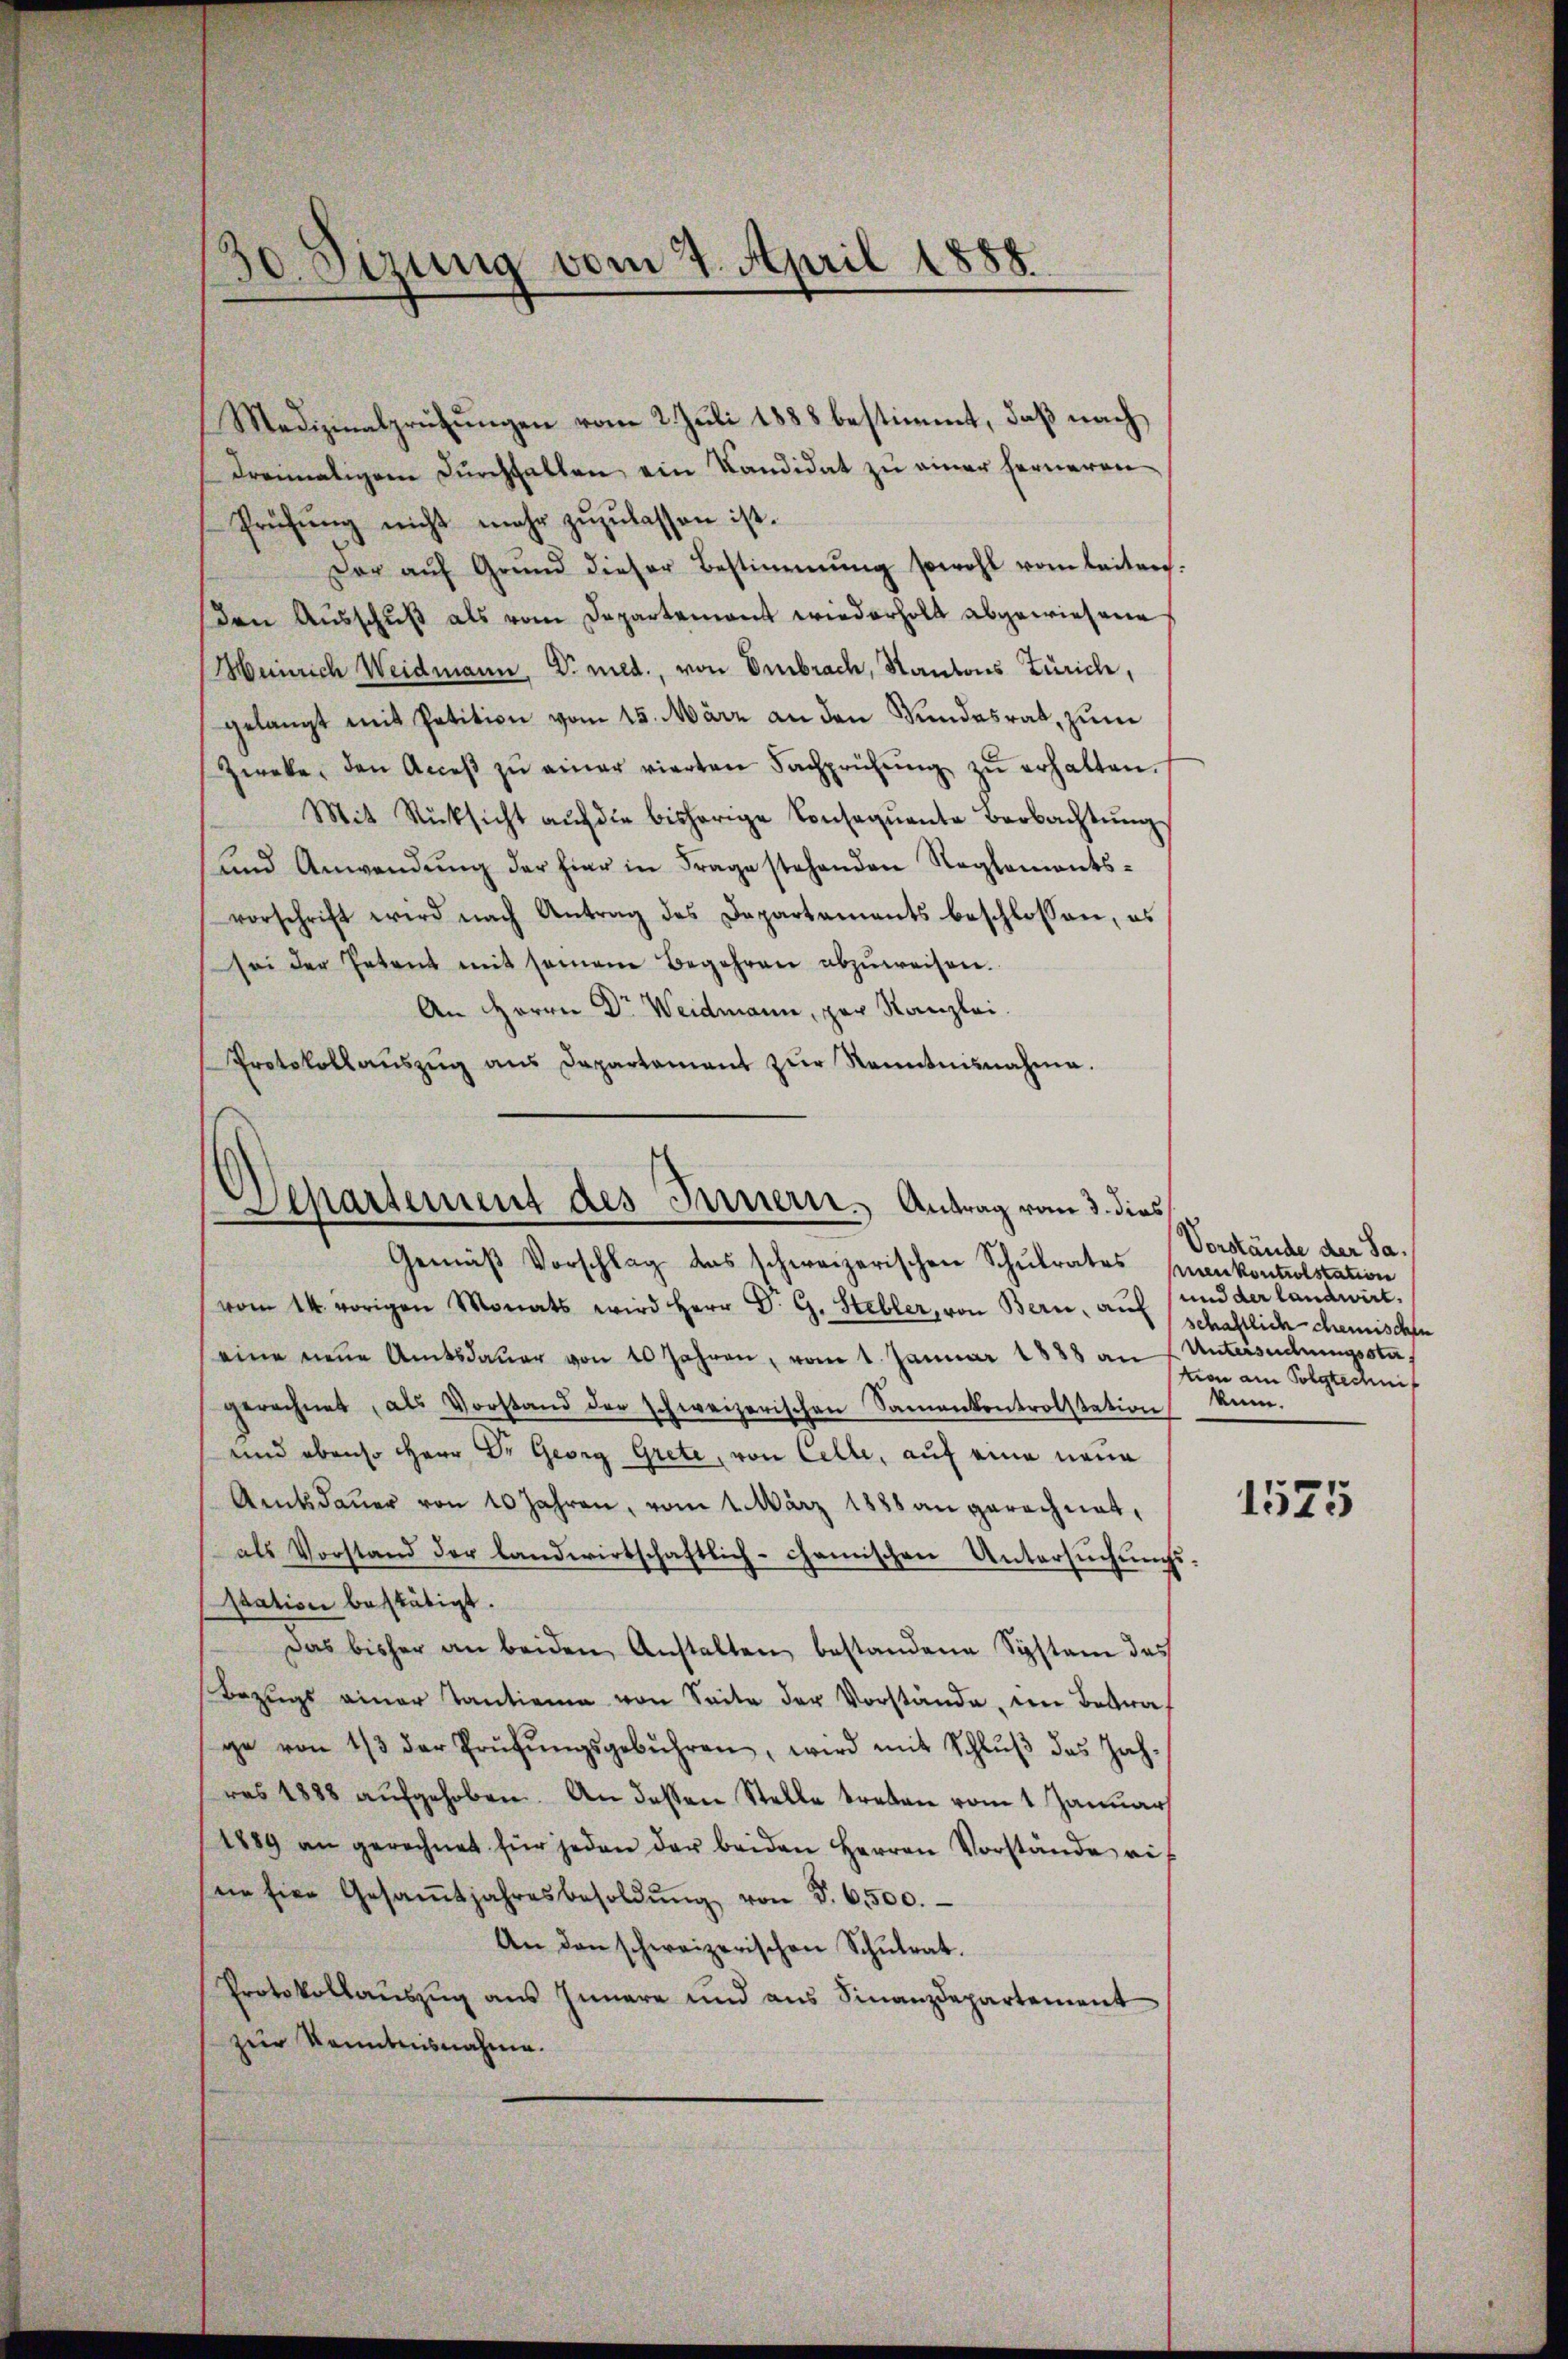
30. Sizung vom 4. April 1888.

Medizinalprüfungen vom 2. Juli 1888 bestimmt, daß nach
dreimaligem Durchfallen ein Kandidat zu einer ferneren
Prühŭng nicht mehr zŭzŭlassen ist.
Der aŭf Grŭnd dieser Bestimmung sowohl vom leiten.
den Aŭsschŭβ als vom Departement wiederholt abgewiesene
Heinrich Weidmann, Dr. med., von Embrach, Kantons Zürich,
gelangt mit Petition vom 15. März an den Kundesrat, zum
Zweke, den Acceβ zŭ einer vierten Fachprüfŭng zŭ erhalten.
Mit Rücksicht aŭf die bisherige Conseqŭente Beobachtŭng
und Anwendŭng der hier in Frage stehenden Reglements-
vorschrift wird nach Antrag des Departements beschlossen, es
sei der Petent mit seinem Begehren abzŭweisen.
An Herrn Dr Weidmann, par Kanzlei.
Protokollaŭszŭg ans Departament zŭr Kenntnisnahme.

Departement des Innern. Antrag vom 3. dies
Gemäβ Vorschlag das schweizerischen Schŭlrates Knenkontrolstation

vom 14. vorigen Monats wird Herr D. G. Stebler, von Bern, auf schaftlich chemischen
eine neŭe Amtsdaŭer von 10 Jahren, vom 1. Januar 1888 an f Untersuchungsstagerechnet, als Vorstand der schweizerischen Samenkontrolstation kam.
und ebenso Herr Dr. Georg Grete, von Celle, auf eine neue
Amtsdauer von 10 Jahren, vom 1. März 1888 an gerechnet,
als Vorstand der landwirtschaftlich-chanischen Untersuchungsssation bestätigt.
Das bisher an beiden Anstalten bestandene System das
Bezugs einer Tantienen von Seite der Vorstände, im Betraf
ge von 13 der Prüfŭngsgebühren, wird mit Schlŭβ des Jah-
res 1888 aufgehoben. An dessen Stelle treten vom 1 Januar
1889 an gerechnet für jeden der beiden Herren Vorstände ri
ne sie Gesaṁtjahresbesoldŭng von §. 6500.
An den schweizerischen Schŭlrat.
Protokollauszug aus Innere und aus Finanzdepartement
zur Kenntnisnahme.

Vorstände der Sa¬
und der landwirt.
tion am folgtechnit

1575